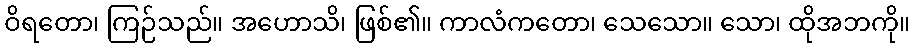
ဝိရတော၊ ကြဉ်သည်။ အဟောသိ၊ ဖြစ်၏။ ကာလံကတော၊ သေသော။ သော၊ ထိုအဘကို။